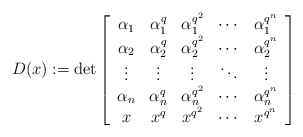
\begin{align*}D(x):=\det \left[ \begin{array}{ccccc} \alpha_1&\alpha_1^q&\alpha_1^{q^2}&\cdots&\alpha_1^{q^{n}}\\ \alpha_2&\alpha_2^q&\alpha_2^{q^2}&\cdots&\alpha_2^{q^{n}}\\ \vdots&\vdots&\vdots&\ddots&\vdots\\ \alpha_n&\alpha_n^q&\alpha_n^{q^2}&\cdots&\alpha_n^{q^{n}}\\ x&x^q&x^{q^2}&\cdots&x^{q^{n}}\\ \end{array} \right]\end{align*}